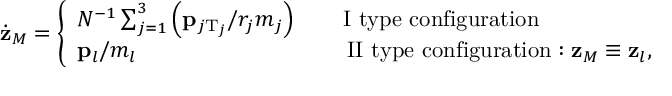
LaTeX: \dot { \bf z } _ { M } = \left\{ \begin{array} { l l } { { N ^ { - 1 } \sum _ { j = 1 } ^ { 3 } \left( { \bf p } _ { j \mathrm { T } _ { j } } / r _ { j } m _ { j } \right) \qquad \mathrm { I ~ t y p e ~ c o n f i g u r a t i o n } } } & { { } } \\ { { { \bf p } _ { l } / m _ { l } \qquad \qquad \qquad \qquad \quad \mathrm { ~ I I ~ t y p e ~ c o n f i g u r a t i o n } : { \bf z } _ { M } \equiv { \bf z } _ { l } , } } \end{array} \right.